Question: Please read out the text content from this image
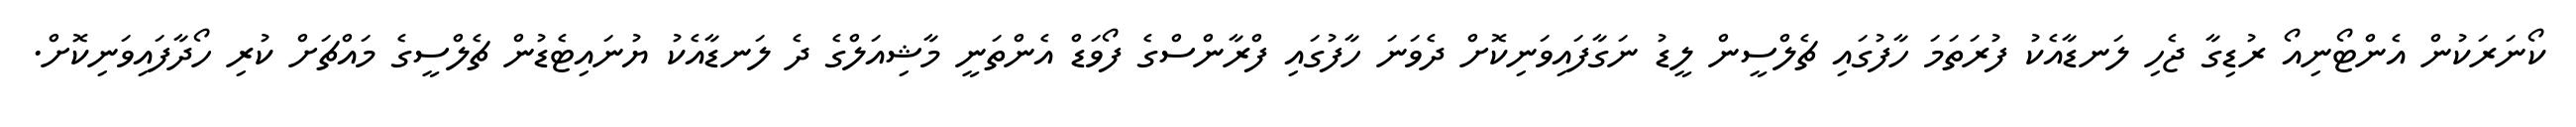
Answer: ކޯނަރަކުން އެންޓޯނިއޯ ރުޑިގާ ޖެހި ލަނޑާއެކު ފުރަތަމަ ހާފުގައި ޗެލްސީން ލީޑު ނަގާފައިވަނިކޮށް ދެވަނަ ހާފުގައި ފްރާންސްގެ ފޯވަޑް އެންތަނީ މާޝިއަލްގެ ދެ ލަނޑާއެކު ޔުނައިޓެޑުން ޗެލްސީގެ މައްޗަށް ކުރި ހޯދާފައިވަނިކޮށް.